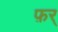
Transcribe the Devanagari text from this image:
फ़र्